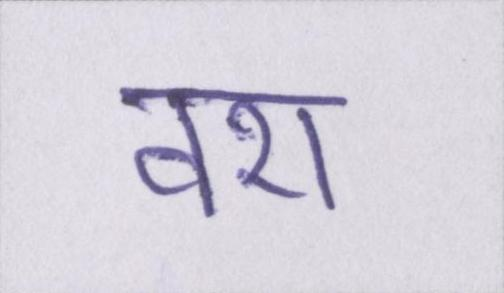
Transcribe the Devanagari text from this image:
वश